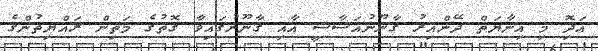
އަދިޮ މި އިނާޔަތް ދޭންއިރު ގާނޫނުއަސާސީ އާއި ގާނޫނުގައިވާ ގޮތުގެ މަތިން ރައްޔިތުންގެ